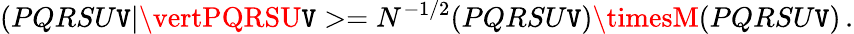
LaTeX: (PQRSU\mathtt{V}\vert\vertPQRSU\mathtt{V}>=N^{-1/2}(PQRSU\mathtt{V})\timesM(PQRSU\mathtt{V})\, .